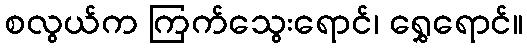
စလွယ်က ကြက်သွေးရောင်၊ ရွှေရောင်။